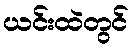
ယင်းထဲတွင်